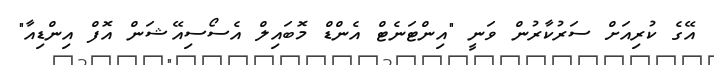
އޭގެ ކުރިއަށް ސަރުކާރުން ވަނީ "އިންޓަނެޓް އެންޑް މޮބައިލް އެސޯސިއޭޝަން އޮފް އިންޑިއާ"